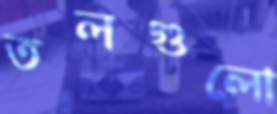
তলগুলো